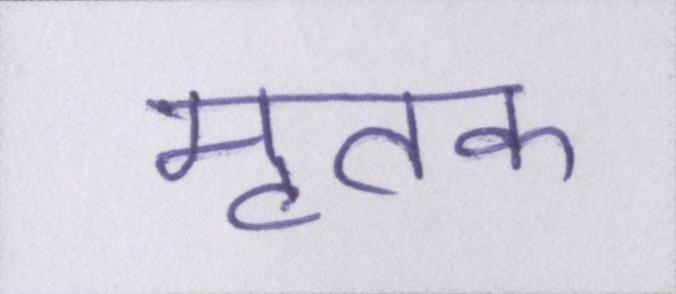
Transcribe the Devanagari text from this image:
मृतक